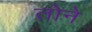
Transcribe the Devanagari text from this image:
तोने